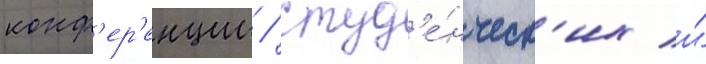
конф'ер'енции / студ'е́нческ'их и́